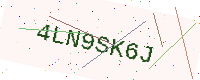
Text: 4LN9SK6J